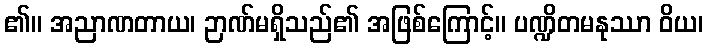
၏။ အညာဏတာယ၊ ဉာဏ်မရှိသည်၏ အဖြစ်ကြောင့်။ ပဏ္ဍိတမနုဿာ ဝိယ၊